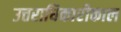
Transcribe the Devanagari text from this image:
उत्तराधिकारीकाल